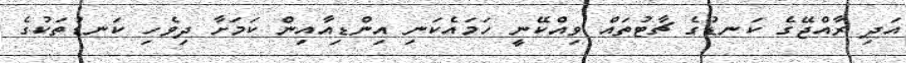
އަދި ރާއްޖޭގެ ކަނޑުގެ ޗާޓުތައް ވިއްކޭނީ ހަމައެކަނި އިންޑިއާއިން ކަމަށާ ދިވެހި ކަނޑުތަކުގެ